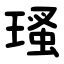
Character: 瑵